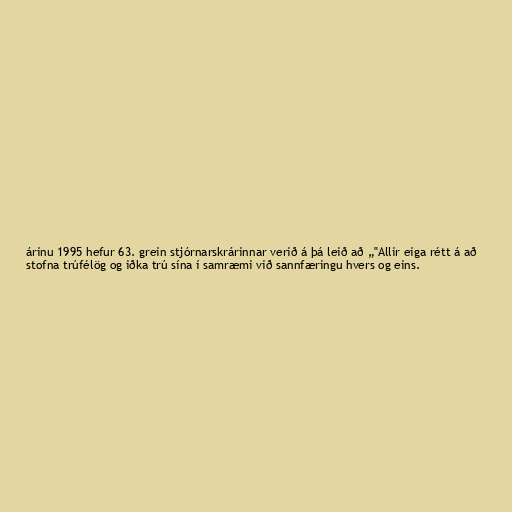
árinu 1995 hefur 63. grein stjórnarskrárinnar verið á þá leið að „"Allir eiga rétt á að
stofna trúfélög og iðka trú sína í samræmi við sannfæringu hvers og eins.